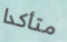
متأكدا